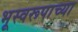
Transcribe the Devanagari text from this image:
भूस्वरूपाच्या